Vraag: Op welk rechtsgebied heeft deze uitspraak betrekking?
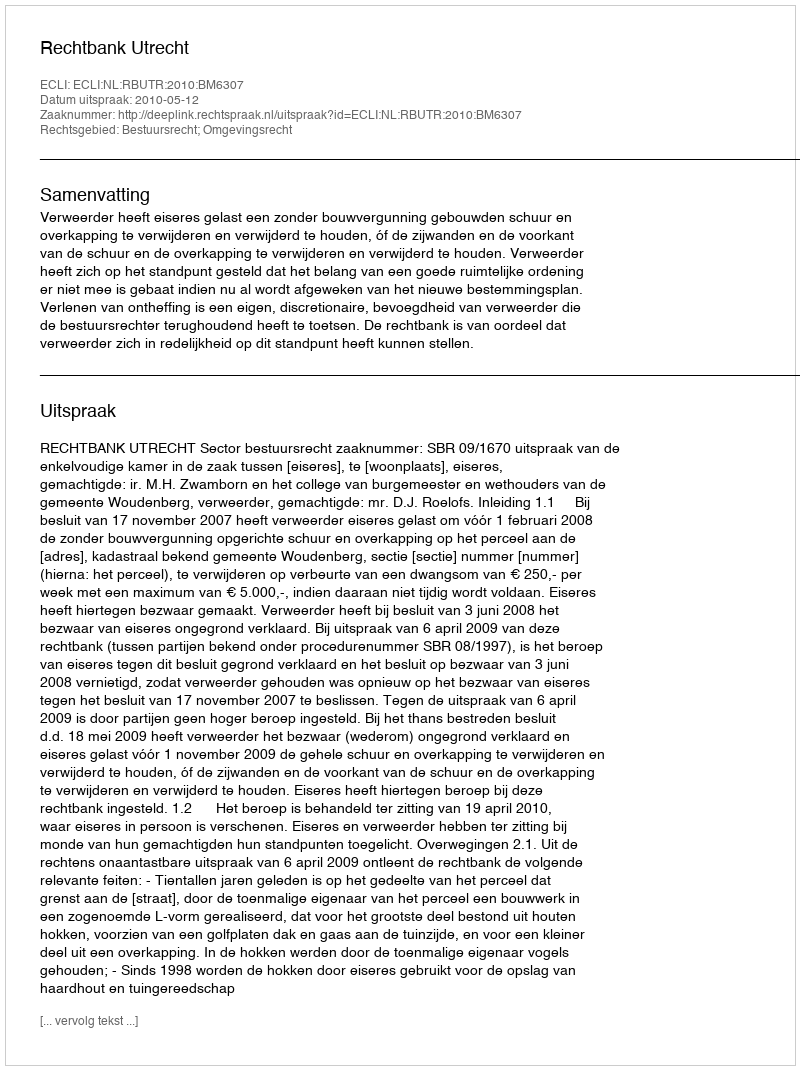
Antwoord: Bestuursrecht; Omgevingsrecht